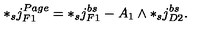
* _ { s } j _ { F 1 } ^ { P a g e } = * _ { s } j _ { F 1 } ^ { b s } - A _ { 1 } \wedge * _ { s } j _ { D 2 } ^ { b s } .